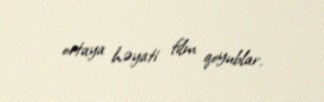
ortaya həyati film qoyublar.